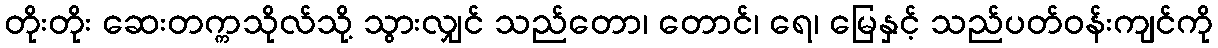
တိုးတိုး ဆေးတက္ကသိုလ်သို့ သွားလျှင် သည်တော၊ တောင်၊ ရေ၊ မြေနှင့် သည်ပတ်ဝန်းကျင်ကို